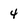
Character: 4